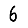
Digit: 6